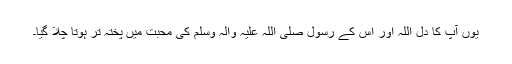
یوں آپ کا دل اللہ اور اس کے رسول صلی اللہ علیہ والہ وسلم کی محبت میں پختہ تر ہوتا چلا گیا۔